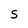
Character: S